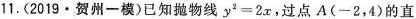
11.(2019\cdot 贺州一模)已知抛物线$$y